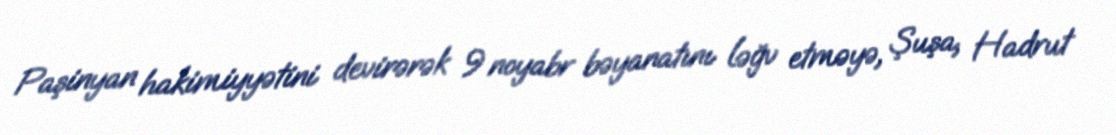
Paşinyan hakimiyyətini devirərək 9 noyabr bəyanatını ləğv etməyə, Şuşa, Hadrut